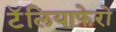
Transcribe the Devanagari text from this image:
टॅलियाफेरो